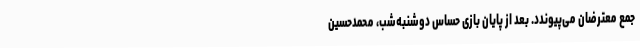
جمع معترضان می‌پیوندد. بعد از پایان بازی حساس دوشنبه‌شب، محمدحسین